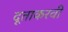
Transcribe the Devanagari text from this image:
दूताकरवी